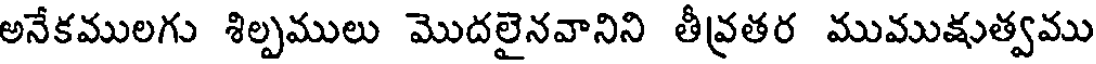
అనేకములగు శిల్పములు మొదలైనవానిని తీవ్రతర ముముక్షుత్వము